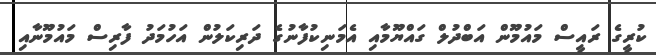
ކުރީގެ ރައީސް މައުމޫން އަބްދުލް ގައްޔޫމާއި އެމަނިކުފާނުގެ ދަރިކަލުން އަހުމަދު ފާރިސް މައުމޫނާއި